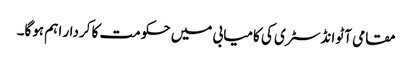
مقامی آٹو انڈسٹری کی کامیابی میں حکومت کا کردار اہم ہوگا۔